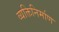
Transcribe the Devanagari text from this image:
व्यक्तिनिर्माण